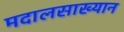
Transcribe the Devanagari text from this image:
मदालसाख्यान